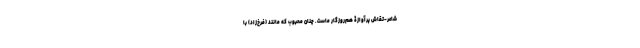
شاعر-تقاش پرآوازۀ هم‌روزگار ماست. چنان محبوب که مانند (فرخ‌زاد) با